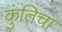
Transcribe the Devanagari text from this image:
कुंतिचा